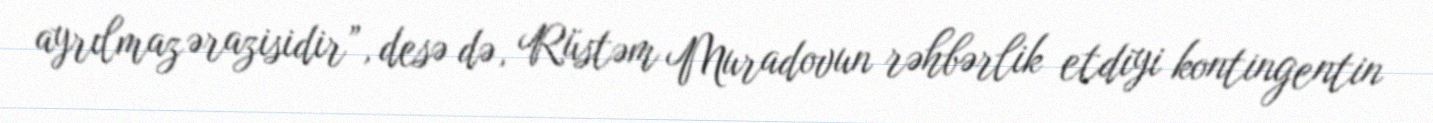
ayrılmaz ərazisidir”, desə də, Rüstəm Muradovun rəhbərlik etdiyi kontingentin